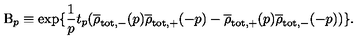
\mathrm { B } _ { p } \equiv \exp \{ \frac { 1 } { p } t _ { p } ( \overline { { \rho } } _ { \mathrm { t o t , - } } ( p ) \overline { { \rho } } _ { \mathrm { t o t , + } } ( - p ) - \overline { { \rho } } _ { \mathrm { t o t , + } } ( p ) \overline { { \rho } } _ { \mathrm { t o t , - } } ( - p ) ) \} .